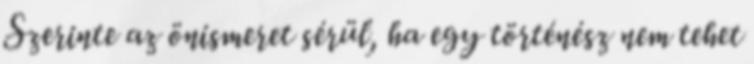
Szerinte az önismeret sérül, ha egy történész nem tehet